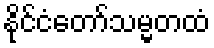
နိုင်ငံတော်သမ္မတထံ